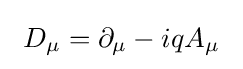
\ D_{\mu }=\partial _{\mu }-iqA_{\mu }~